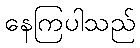
နေကြပါသည်